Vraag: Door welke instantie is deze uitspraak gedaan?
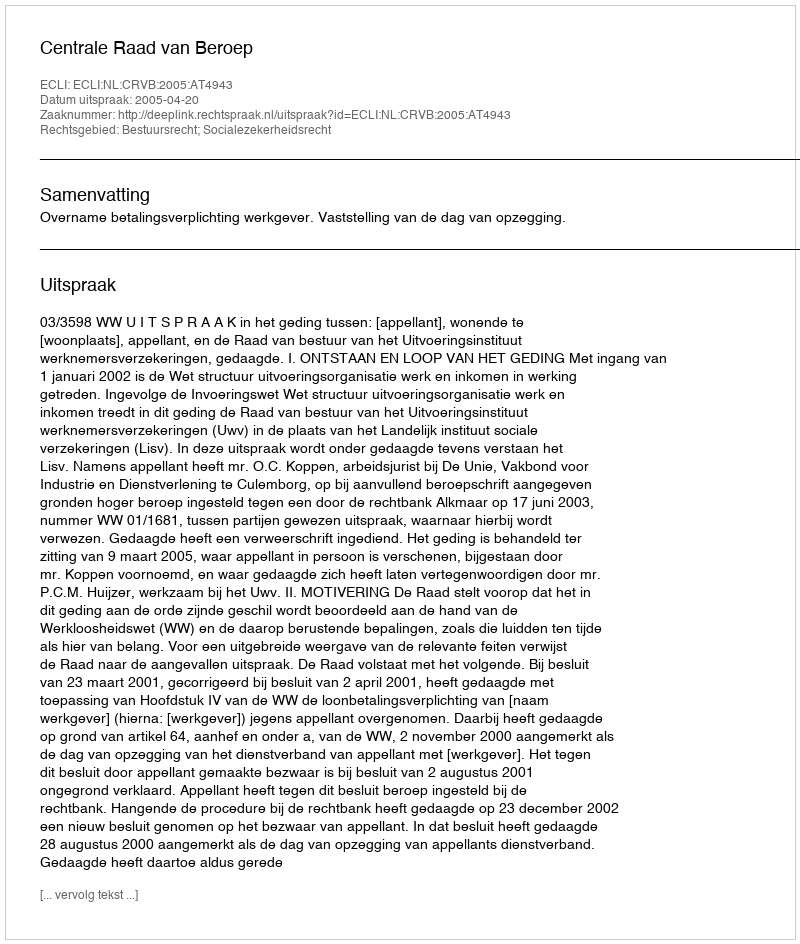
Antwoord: Centrale Raad van Beroep